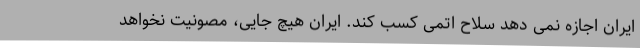
ایران اجازه نمی دهد سلاح اتمی کسب کند. ایران هیچ جایی، مصونیت نخواهد